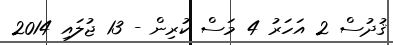
ޤުދުސް 2 އަހަރު 4 މަސް ކުރިން - 13 ޖުލައި 2014